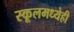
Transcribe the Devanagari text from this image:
स्कूलमध्येही